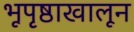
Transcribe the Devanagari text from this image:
भूपृष्ठाखालून